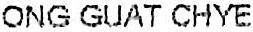
ONG GUAT CHYE